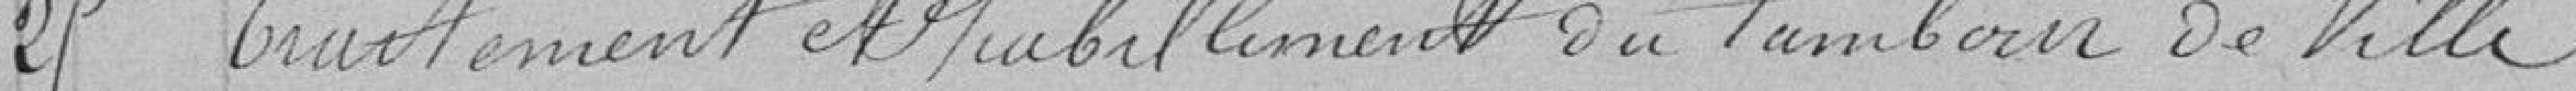
25 Traitement et habillement du tambour de ville